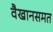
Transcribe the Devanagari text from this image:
वैखानसमत